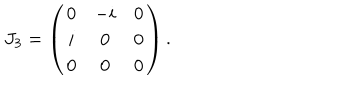
J _ { 3 } = \left( \begin{matrix} { { 0 } } & { { - i } } & { { 0 } } \\ { { i } } & { { 0 } } & { { 0 } } \\ { { 0 } } & { { 0 } } & { { 0 } } \\ \end{matrix} \right) .